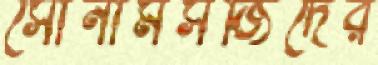
সোনামসজিদের